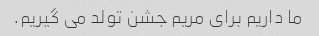
ما داریم برای مریم جشن تولد می گیریم.